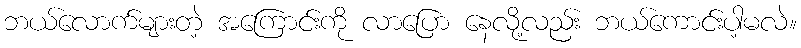
ဘယ်လောက်များတဲ့ အကြောင်းကို လာပြော နေလို့လည်း ဘယ်ကောင်းပါ့မလဲ။